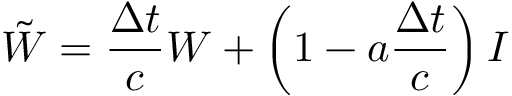
\Tilde { W } = \frac { \Delta t } { c } W + \left( 1 - a \frac { \Delta t } { c } \right) I